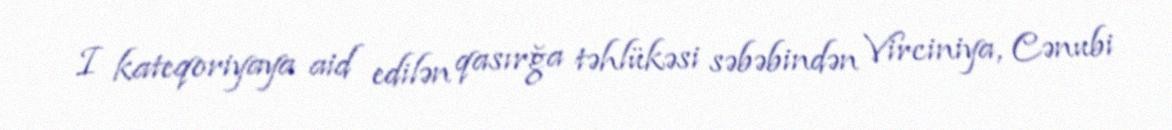
I kateqoriyaya aid edilən qasırğa təhlükəsi səbəbindən Virciniya, Cənubi